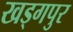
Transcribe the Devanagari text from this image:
खड्‍गपुर